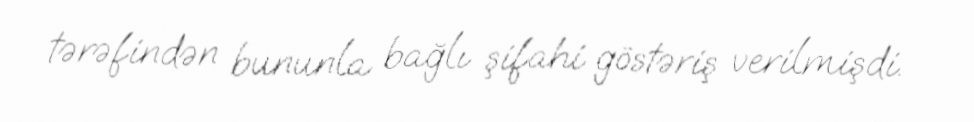
tərəfindən bununla bağlı şifahi göstəriş verilmişdi.